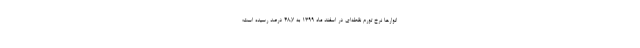
انوارها نرخ تورم نقطه‌ای در اسفند ماه ١٣٩٩ به ٤٨,٧ درصد رسیده است؛